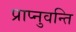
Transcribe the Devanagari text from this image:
प्राप्नुवन्ति